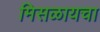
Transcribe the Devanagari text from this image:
मिसळायचा